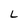
Character: L